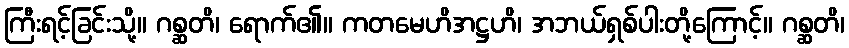
ကြီးရင့်ခြင်းသို့။ ဂစ္ဆတိ၊ ရောက်၏။ ကတမေဟိအဋ္ဌဟိ၊ အဘယ်ရှစ်ပါးတို့ကြောင့်။ ဂစ္ဆတိ၊